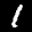
Label: 1